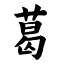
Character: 葛